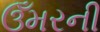
ઉઁમરની